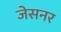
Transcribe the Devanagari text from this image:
जेसनर